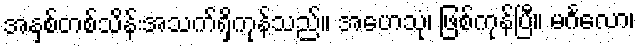
အနှစ်တစ်သိန်းအသက်ရှိကုန်သည်။ အဟေသုံ၊ ဖြစ်ကုန်ပြီ။ မင်္ဂလော၊